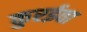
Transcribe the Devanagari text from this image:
कुरईवा